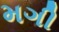
મગી